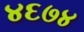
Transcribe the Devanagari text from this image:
४६७४